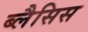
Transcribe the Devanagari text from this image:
ब्लैसिस